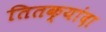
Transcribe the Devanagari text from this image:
तितक्यांदा